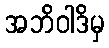
အဘိဝါဒိမှ